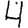
Digit: 4